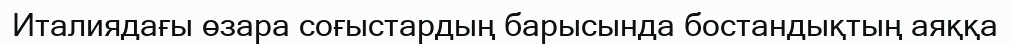
Италиядағы өзара соғыстардың барысында бостандықтың аяққа